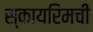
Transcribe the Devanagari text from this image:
स्कायरिमची